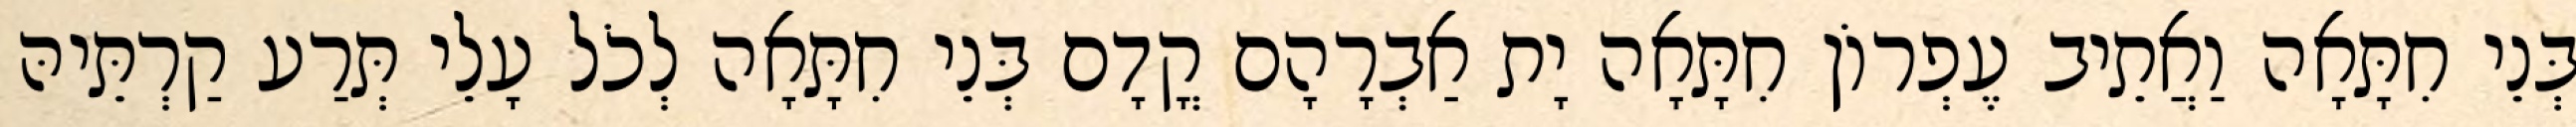
בְּנֵי חִתָּאָה וַאֲתֵיב עֶפְרוֹן חִתָּאָה יָת אַבְרָהָם קֳדָם בְּנֵי חִתָּאָה לְכֹל עָלֵי תְּרַע קַרְתֵּיהּ